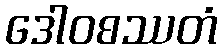
ဒေါဝစဿတံ